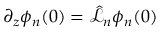
\partial _ { z } \phi _ { n } ( 0 ) = \hat { \mathscr { L } } _ { n } \phi _ { n } ( 0 )